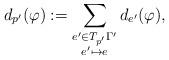
LaTeX: \begin{align*}d_{p'}(\varphi):=\sum_{{\substack{{e'\in T_{p'}\Gamma'} \\ {e'\mapsto e}}}} d_{e'}(\varphi),\end{align*}